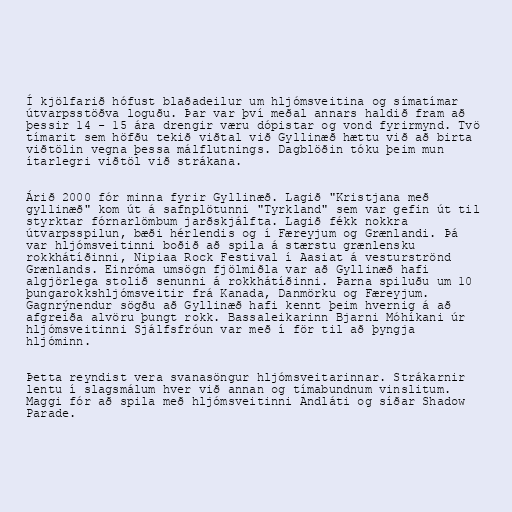
Í kjölfarið hófust blaðadeilur um hljómsveitina og símatímar
útvarpsstöðva loguðu. Þar var því meðal annars haldið fram að
þessir 14 - 15 ára drengir væru dópistar og vond fyrirmynd. Tvö
tímarit sem höfðu tekið viðtal við Gyllinæð hættu við að birta
viðtölin vegna þessa málflutnings. Dagblöðin tóku þeim mun
ítarlegri viðtöl við strákana.

Árið 2000 fór minna fyrir Gyllinæð. Lagið "Kristjana með
gyllinæð" kom út á safnplötunni "Tyrkland" sem var gefin út til
styrktar fórnarlömbum jarðskjálfta. Lagið fékk nokkra
útvarpsspilun, bæði hérlendis og í Færeyjum og Grænlandi. Þá
var hljómsveitinni boðið að spila á stærstu grænlensku
rokkhátíðinni, Nipiaa Rock Festival í Aasiat á vesturströnd
Grænlands. Einróma umsögn fjölmiðla var að Gyllinæð hafi
algjörlega stolið senunni á rokkhátíðinni. Þarna spiluðu um 10
þungarokkshljómsveitir frá Kanada, Danmörku og Færeyjum.
Gagnrýnendur sögðu að Gyllinæð hafi kennt þeim hvernig á að
afgreiða alvöru þungt rokk. Bassaleikarinn Bjarni Móhíkani úr
hljómsveitinni Sjálfsfróun var með í för til að þyngja
hljóminn.

Þetta reyndist vera svanasöngur hljómsveitarinnar. Strákarnir
lentu í slagsmálum hver við annan og tímabundnum vinslitum.
Maggi fór að spila með hljómsveitinni Andláti og síðar Shadow
Parade.